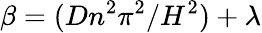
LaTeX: \beta=(Dn^{2}\pi^{2}/H^{2})+\lambda